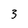
Character: 3